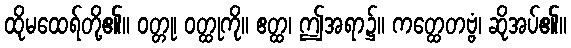
ထိုမထေရ်တို့၏။ ဝတ္တု၊ ဝတ္ထုကို။ ဧတ္ထ၊ ဤအရာ၌။ ကတ္ထေတဗ္ဗံ၊ ဆိုအပ်၏။